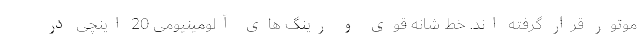
موتور قرار گرفته اند. خط شانه قوی و رینگ های آلومینیومی 20 اینچی در